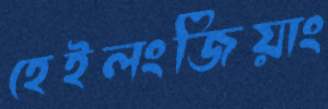
হেইলংজিয়াং